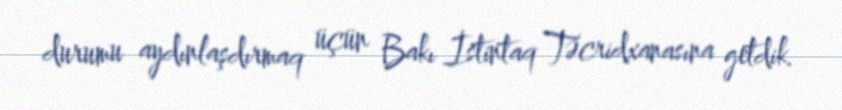
durumu aydınlaşdırmaq üçün Bakı İstintaq Təcridxanasına getdik.